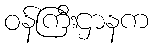
ဝန်ကြီးဌာနက